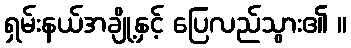
ရှမ်းနယ်အချို့နှင့် ပြေလည်သွား၏ ။